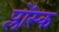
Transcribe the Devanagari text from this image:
प्लोंस्क